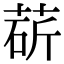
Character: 𦳵